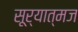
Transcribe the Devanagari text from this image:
सूर्यात्मज